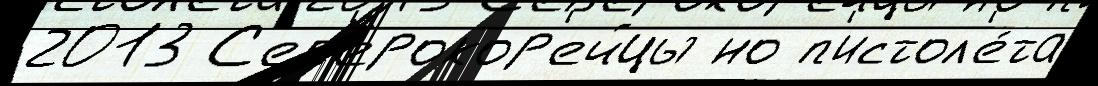
2013 С'ев'ерокор'ейцы но п'истол'е́та